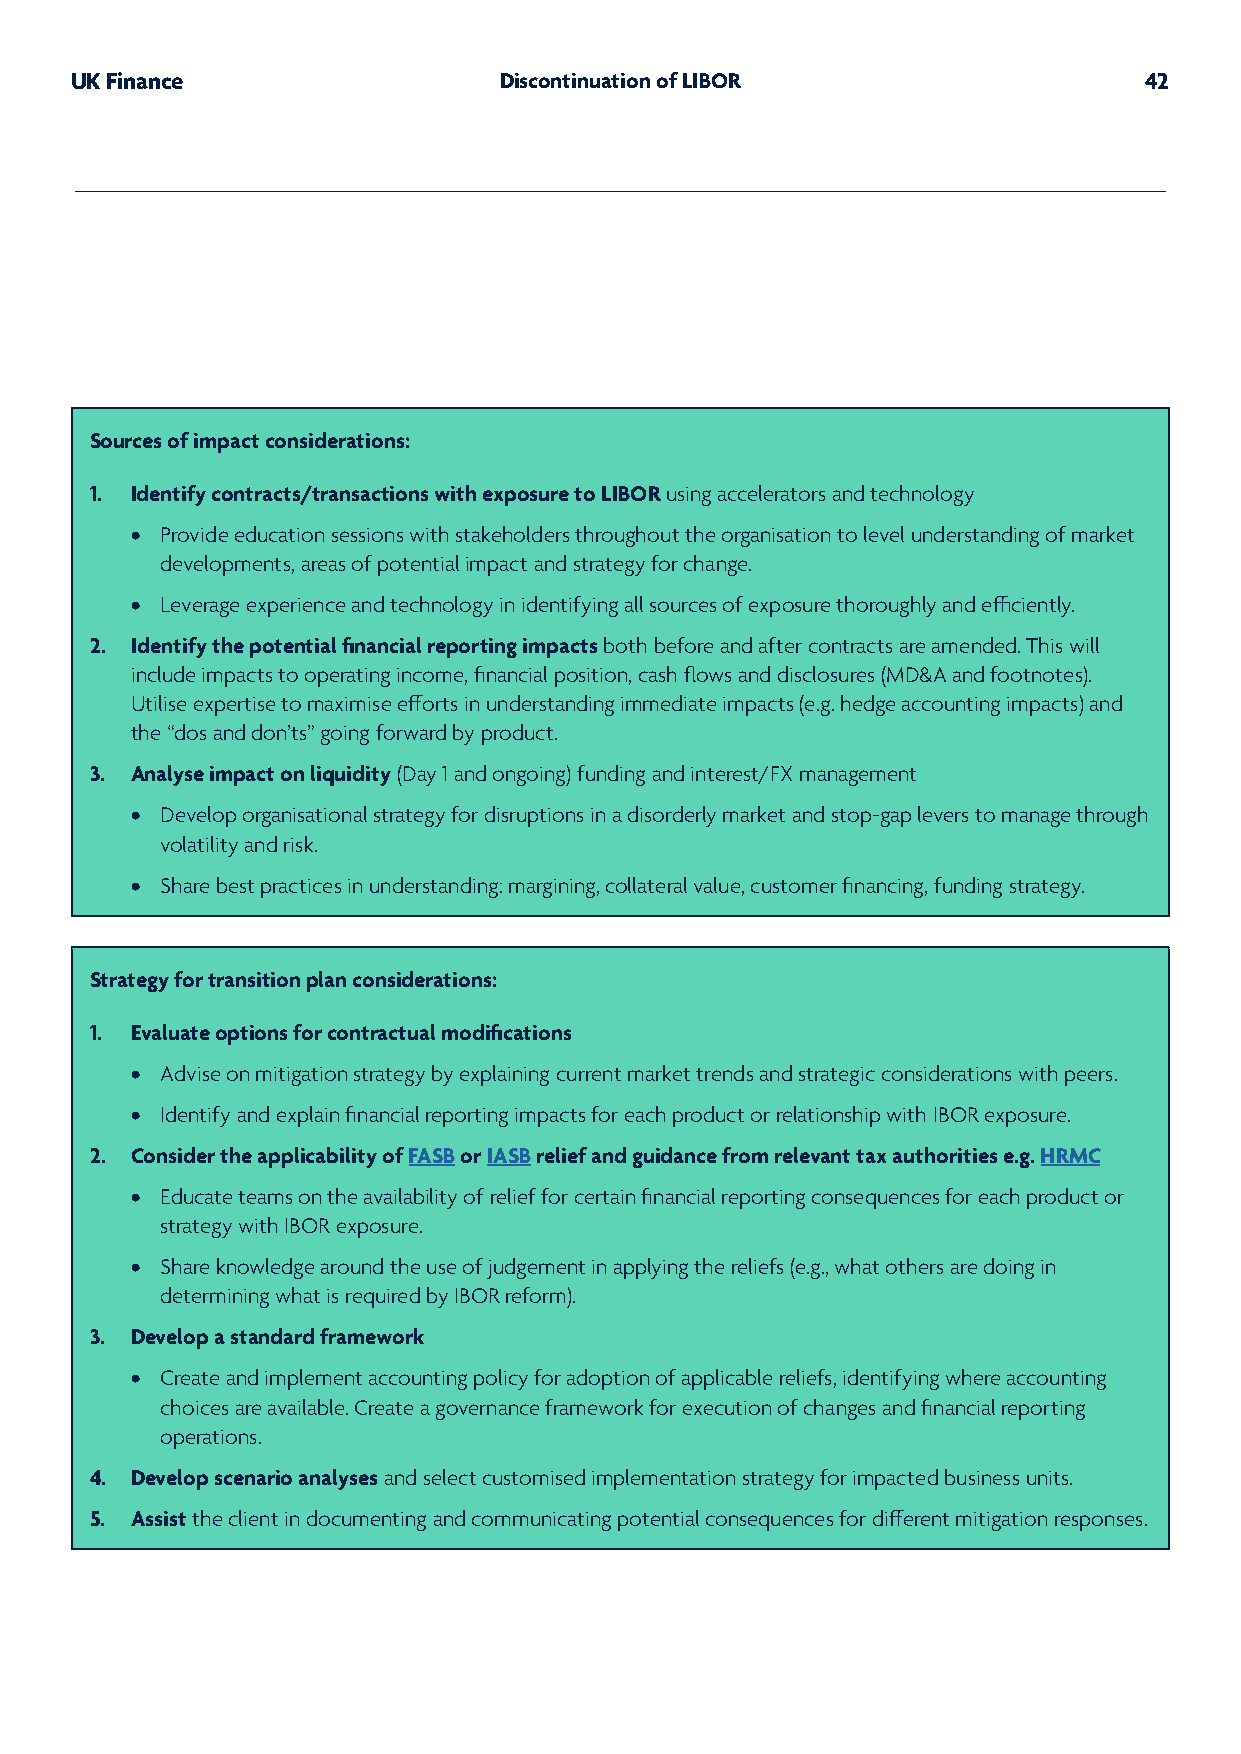
UK Finance                  Discontinuation of LIBOR                   42
 Sources of impact considerations:
 1. Identify contracts/transactions with exposure to LIBOR using accelerators and technology
 • Provide education sessions with stakeholders throughout the organisation to level understanding of market
 developments, areas of potential impact and strategy for change.
 • Leverage experience and technology in identifying all sources of exposure thoroughly and efficiently.
 2. Identify the potential financial reporting impacts both before and after contracts are amended. This will
 include impacts to operating income, financial position, cash flows and disclosures (MD&A and footnotes).
 Utilise expertise to maximise efforts in understanding immediate impacts (e.g. hedge accounting impacts) and
 the “dos and don’ts” going forward by product.
 3. Analyse impact on liquidity (Day 1 and ongoing) funding and interest/FX management
 • Develop organisational strategy for disruptions in a disorderly market and stop-gap levers to manage through
 volatility and risk.
 • Share best practices in understanding: margining, collateral value, customer financing, funding strategy.
 Strategy for transition plan considerations:
 1. Evaluate options for contractual modifications
 • Advise on mitigation strategy by explaining current market trends and strategic considerations with peers.
 • Identify and explain financial reporting impacts for each product or relationship with IBOR exposure.
 2. Consider the applicability of FASB or IASB relief and guidance from relevant tax authorities e.g. HRMC
 • Educate teams on the availability of relief for certain financial reporting consequences for each product or
 strategy with IBOR exposure.
 • Share knowledge around the use of judgement in applying the reliefs (e.g., what others are doing in
 determining what is required by IBOR reform).
 3. Develop a standard framework
 • Create and implement accounting policy for adoption of applicable reliefs, identifying where accounting
 choices are available. Create a governance framework for execution of changes and financial reporting
 operations.
 4. Develop scenario analyses and select customised implementation strategy for impacted business units.
 5. Assist the client in documenting and communicating potential consequences for different mitigation responses.